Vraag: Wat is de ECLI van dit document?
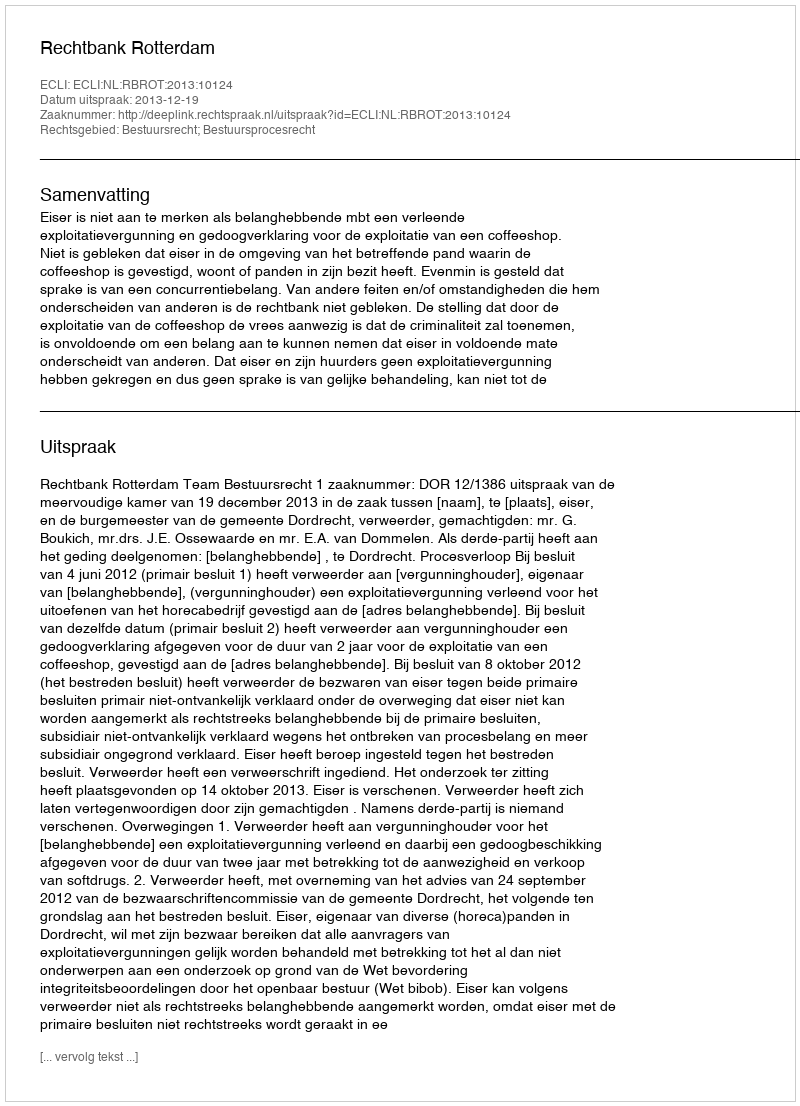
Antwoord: ECLI:NL:RBROT:2013:10124